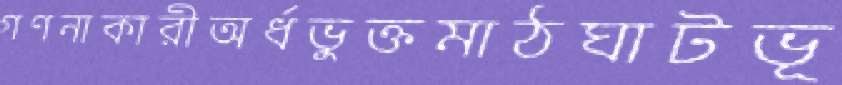
গণনাকারীঅর্ধভুক্তমাঠঘাটভূ